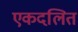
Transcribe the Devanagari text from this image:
एकदलित